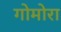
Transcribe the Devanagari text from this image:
गोमोरा